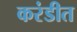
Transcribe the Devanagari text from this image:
करंडीत